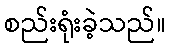
စည်းရုံးခဲ့သည်။